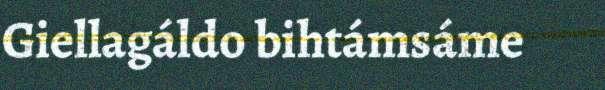
Giellagáldo bihtámsáme